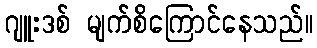
ဂျူးဒစ် မျက်စိကြောင်နေသည်။